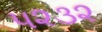
૫૨૩૨